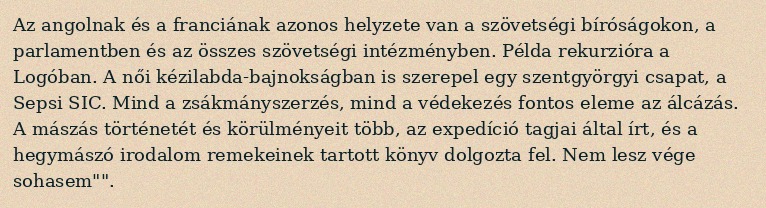
Az angolnak és a franciának azonos helyzete van a szövetségi bíróságokon, a parlamentben és az összes szövetségi intézményben. Példa rekurzióra a Logóban. A női kézilabda-bajnokságban is szerepel egy szentgyörgyi csapat, a Sepsi SIC. Mind a zsákmányszerzés, mind a védekezés fontos eleme az álcázás. A mászás történetét és körülményeit több, az expedíció tagjai által írt, és a hegymászó irodalom remekeinek tartott könyv dolgozta fel. Nem lesz vége sohasem"".